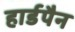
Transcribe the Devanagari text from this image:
हार्डपैन